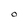
Character: O